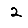
Digit: 2